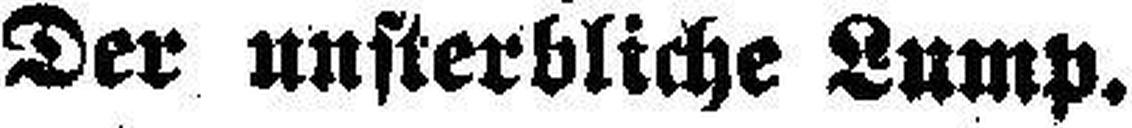
Der unsterbliche Lump.